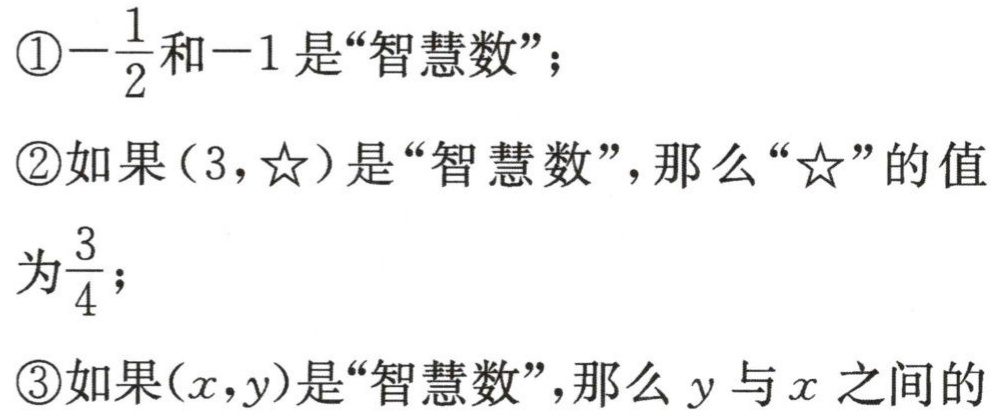
\textcircled{1}\(-\frac{1}{2}\)和\(-1\)是“智慧数”；

\textcircled{2}如果\((3,☆)\)是“智慧数”，那么“\(☆\)”的值

为\(\frac{3}{4}\)；

\textcircled{3}如果\((x,y)\)是“智慧数”，那么\(y\)与\(x\)之间的